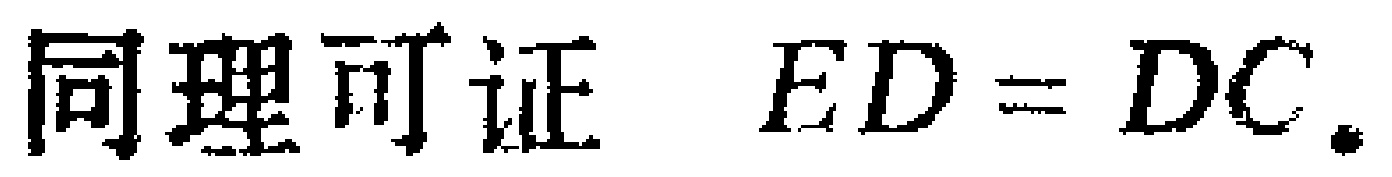
同理可证 \(ED = DC.\)